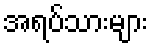
အရပ်သားများ